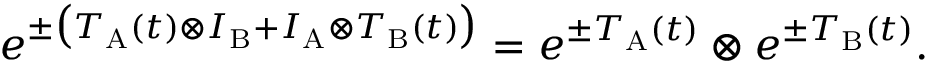
e ^ { \pm \big ( T _ { \mathrm { A } } ( t ) \otimes I _ { \mathrm { B } } + I _ { \mathrm { A } } \otimes T _ { \mathrm { B } } ( t ) \big ) } = e ^ { \pm T _ { \mathrm { A } } ( t ) } \otimes e ^ { \pm T _ { \mathrm { B } } ( t ) } .